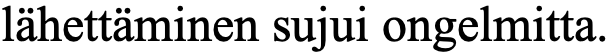
lähettäminen sujui ongelmitta.